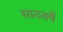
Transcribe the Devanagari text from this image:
साठवर्षे